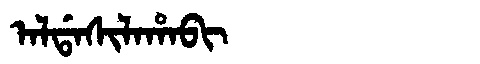
Manchu: ᠠᠯᡩᠠᠰᡳᠯᠠᡥᠠᠪᡳ
Romanization: ALDASILAHABI